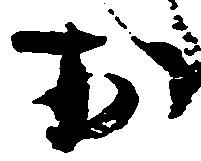
お